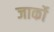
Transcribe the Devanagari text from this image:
जार्को